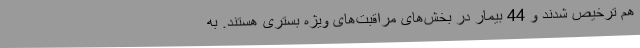
هم ترخیص شدند و 44 بیمار در بخش‌های مراقبت‌های ویژه بستری هستند. به